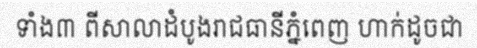
ទាំង៣ ពីសាលាដំបូងរាជធានីភ្នំពេញ ហាក់ដូចជា